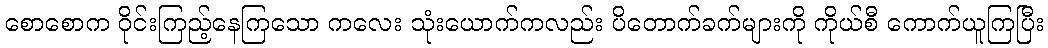
စောစောက ဝိုင်းကြည့်နေကြသော ကလေး သုံးယောက်ကလည်း ပိတောက်ခက်များကို ကိုယ်စီ ကောက်ယူကြပြီး